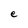
Character: e